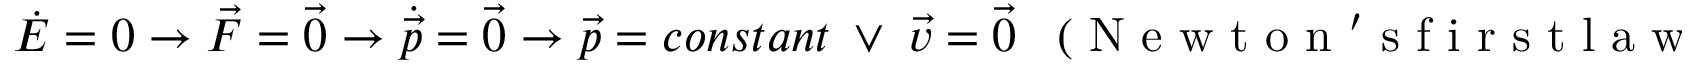
\dot { E } = 0 \rightarrow \vec { F } = \vec { 0 } \rightarrow \dot { \vec { p } } = \vec { 0 } \rightarrow \vec { p } = c o n s t a n t \enspace \vee \enspace \vec { v } = \vec { 0 } \enspace \mathrm { ~ ( ~ N ~ e ~ w ~ t ~ o ~ n ~ ' ~ s ~ f ~ i ~ r ~ s ~ t ~ l ~ a ~ w ~ ) ~ } .